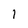
Character: 1